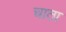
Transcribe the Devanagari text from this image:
चाता